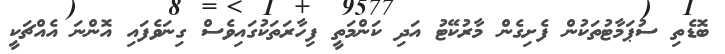
ބޮޑެތި ސުޕަމާޓުތަކުން ފެށިގެން މާރުކޭޓު އަދި ކަންމަތީ ފިހާރަތަކުގައިވެސް ގިނަވެފައި އޮންނަ އެއްޗަކީ